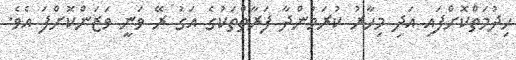
ހިދުމަތްކޮށްފައި އަދި މިހާރު ކުރަމުންދާ ފަރާތްތަކުގެ އަގު ރޭ ވަނީ ވަޒަންކޮށްފަ އެވެ.